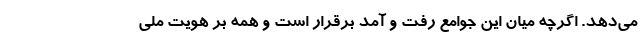
می‌دهد. اگرچه میان این جوامع رفت و آمد برقرار است و همه بر هویت ملی